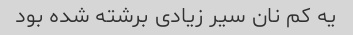
یه کم نان سیر زیادی برشته شده بود